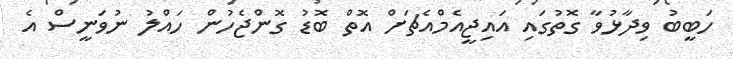
ހަބީބު ވިދާޅުވާ ގޮތުގައި އައިޖީއެމްއެޗަށް އޮތް ބޮޑު ގޮންޖެހުން ހައްލު ނުވަނީސް އެ